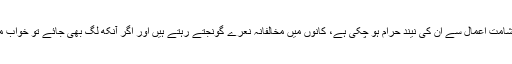
انہوں نے کہا کہ حکمران دھرنے سے خوفزدہ ہیں، شامت اعمال سے ان کی نیند حرام ہو چکی ہے، کانوں میں مخالفانہ نعرے گونجتے رہتے ہیں اور اگر آنکھ لگ بھی جائے تو خواب میں نعروں اور دھرنوں سے پھر آنکھ کھل جاتی ہے۔